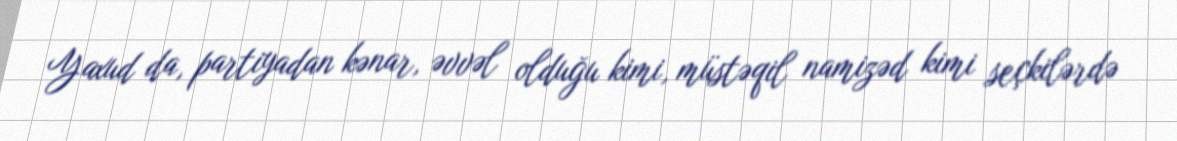
Yaxud da, partiyadan kənar, əvvəl olduğu kimi, müstəqil namizəd kimi seçkilərdə